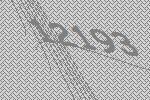
12193